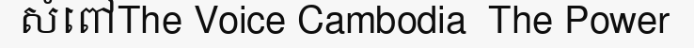
សំពៅThe Voice Cambodia  The Power